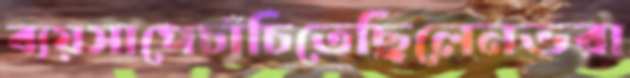
ব্যয়সাপেচাঁচিতেছিলেনভরা